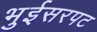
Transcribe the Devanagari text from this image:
भुईसरपट